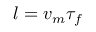
l = v _ { m } \tau _ { f }